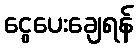
ငွေပေးချေရန်